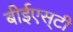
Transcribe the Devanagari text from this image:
बीईएस्‌टी